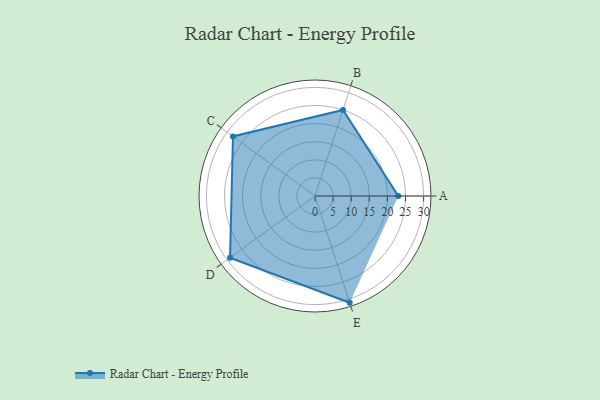
{"axis": {"x": "Skill", "y": "Score"}, "legend": ["Profile"], "data": [{"x": "A", "y": 23.0, "type": "Profile"}, {"x": "B", "y": 25.0, "type": "Profile"}, {"x": "C", "y": 28.0, "type": "Profile"}, {"x": "D", "y": 29.0, "type": "Profile"}, {"x": "E", "y": 31.0, "type": "Profile"}]}